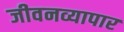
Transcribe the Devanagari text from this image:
जीवनव्यापार